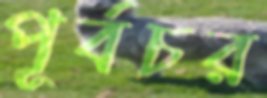
পূর্বচর